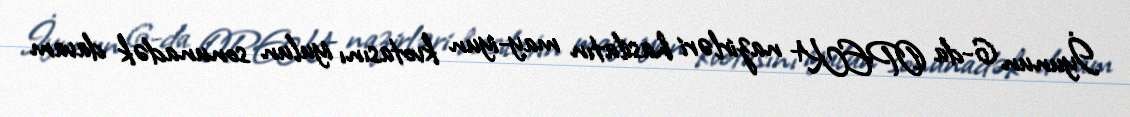
İyunun 6-da OPEK+ nazirləri hasilatın may-iyun kvotasını iyulun sonunadək davam